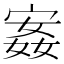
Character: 𫳣